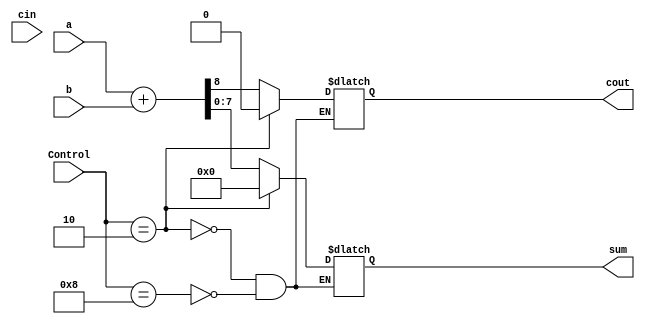
`timescale 1ns/1ps

module Sumador #(parameter ANCHO=8)(
  input [ANCHO-1:0] a,
  input [ANCHO-1:0] b,
  input cin,
  input [3:0] Control,
  output reg [ANCHO-1:0] sum,
  output reg cout
);

  reg [ANCHO:0] sumita;
  always @(*) begin
    sumita = a + b;
    if(Control == 4'b1000) begin
              sum = sumita[ANCHO-1:0];
        	cout = sumita[ANCHO];
    end
   
    if(Control == 4'b0010) begin
              sum = 8'b00000000;
        	cout = 1'b0;
    end
  end
endmodule